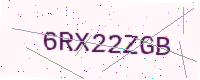
Text: 6RX22ZGB